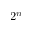
2 ^ { n }